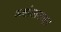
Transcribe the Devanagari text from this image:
अक्षांशापासून